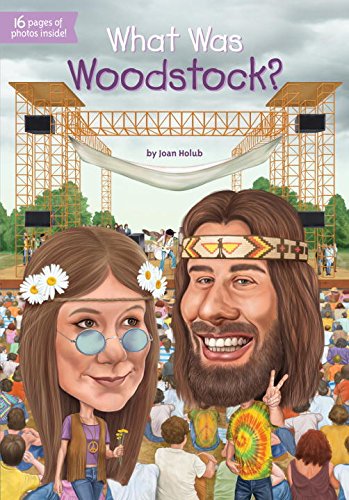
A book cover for What Was Woodstock?; Joan Holub; Children's Books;